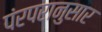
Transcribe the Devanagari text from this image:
पंरपरानुसार